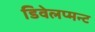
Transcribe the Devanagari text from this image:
डिवेलप्मन्ट